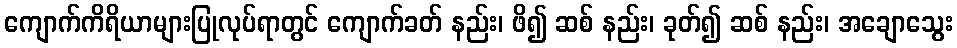
ကျောက်ကိရိယာများပြုလုပ်ရာတွင် ကျောက်ခတ် နည်း၊ ဖိ၍ ဆစ် နည်း၊ ခုတ်၍ ဆစ် နည်း၊ အချောသွေး